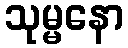
သုမ္မနော